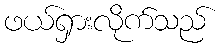
ဖယ်ရှားလိုက်သည်